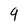
Character: 9